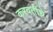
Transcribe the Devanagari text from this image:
करवतींचे